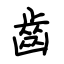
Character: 齿